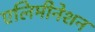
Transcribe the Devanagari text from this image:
एलिमीनेशन